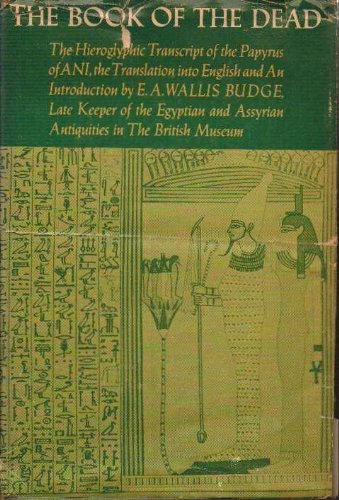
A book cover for The Book Of The Dead. The Hieroglyphic Transcript Of The Papyrus of ANI,the Translation Into English; E. A. Wallis Budge; Religion & Spirituality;